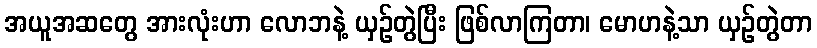
အယူအဆတွေ အားလုံးဟာ လောဘနဲ့ ယှဉ်တွဲပြီး ဖြစ်လာကြတာ၊ မောဟနဲ့သာ ယှဉ်တွဲတာ